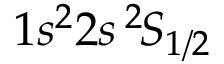
1 s ^ { 2 } 2 s \, ^ { 2 \! } S _ { 1 / 2 }